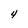
Character: 4